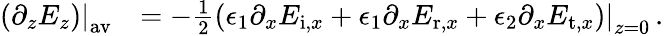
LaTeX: \begin{array}{rl}{\left.\left(\partial_{z}E_{z}\right)\right|_{\mathrm{av}}}&{=-\frac{1}{2}\left.\left(\epsilon_{1}\partial_{x}E_{\mathrm{i},x}+\epsilon_{1}\partial_{x}E_{\mathrm{r},x}+\epsilon_{2}\partial_{x}E_{\mathrm{t},x}\right)\right|_{z=0}\, .}\end{array}